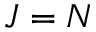
J = N